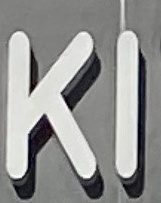
KI